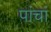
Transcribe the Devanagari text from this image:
पांचां